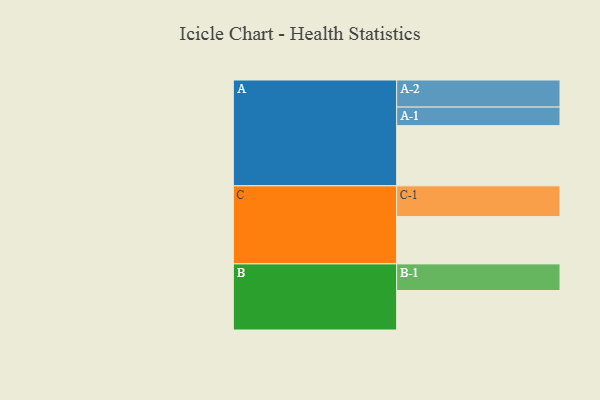
{"axis": {"x": "Segment", "y": "Value"}, "legend": ["", "A", "B", "C"], "data": [{"x": "A", "y": 509, "type": ""}, {"x": "B", "y": 334, "type": ""}, {"x": "C", "y": 400, "type": ""}, {"x": "A-1", "y": 157, "type": "A"}, {"x": "A-2", "y": 229, "type": "A"}, {"x": "B-1", "y": 225, "type": "B"}, {"x": "C-1", "y": 260, "type": "C"}]}